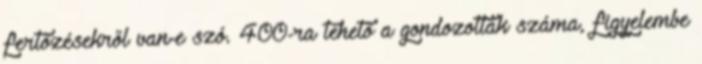
fertőzésekről van-e szó. 400-ra tehető a gondozottak száma, figyelembe